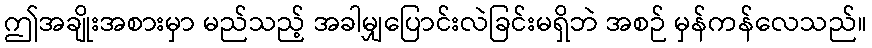
ဤအချိုးအစားမှာ မည်သည့် အခါမျှပြောင်းလဲခြင်းမရှိဘဲ အစဉ် မှန်ကန်လေသည်။